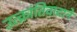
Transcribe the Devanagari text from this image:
उत्क्रांतिवादाने